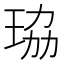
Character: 珕